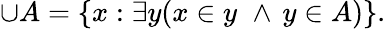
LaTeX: \cup A=\{ x:\exists y(x\in y\, \, \land\, y\in A)\} .